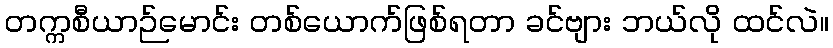
တက္ကစီယာဉ်မောင်း တစ်ယောက်ဖြစ်ရတာ ခင်ဗျား ဘယ်လို ထင်လဲ။